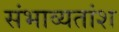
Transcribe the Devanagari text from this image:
संभाव्यतांश